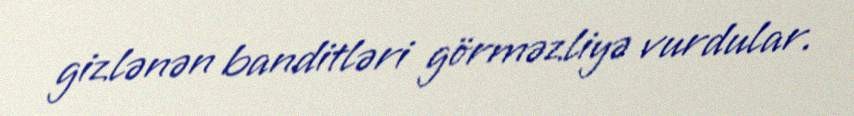
gizlənən banditləri görməzliyə vurdular.